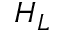
H _ { L }